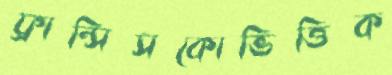
ফ্রান্সিসকোভিত্তিক